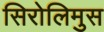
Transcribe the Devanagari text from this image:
सिरोलिमुस